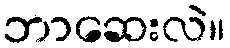
ဘာဆေးလဲ။